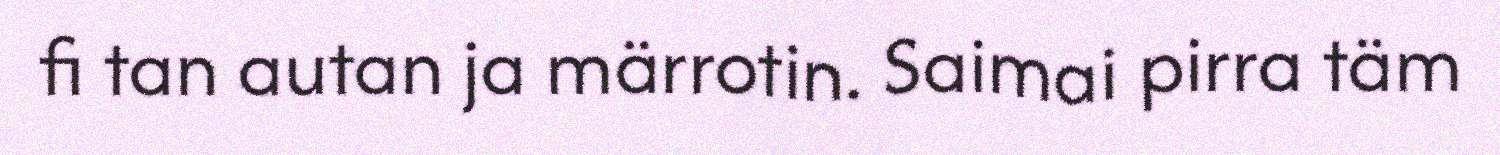
fi tan autan ja märrotin. Saimai pirra täm